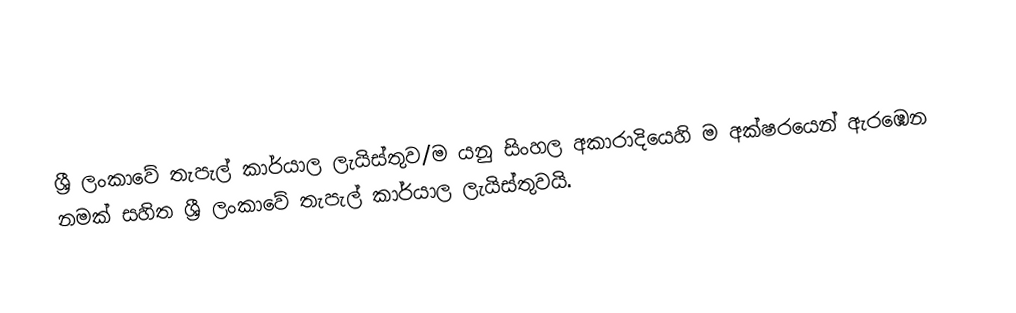
ශ්‍රී ලංකාවේ තැපැල් කාර්යාල ලැයිස්තුව/ම යනු සිංහල අකාරාදියෙහි ම අක්ෂරයෙන් ඇරඹෙන නමක් සහිත ශ්‍රී ලංකාවේ තැපැල් කාර්යාල ලැයිස්තුවයි.